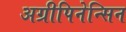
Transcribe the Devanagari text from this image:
अग्रीपिनेन्सिन